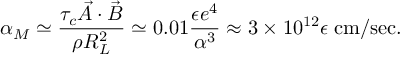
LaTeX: \alpha _ { M } \simeq \frac { \tau _ { c } \vec { A } \cdot \vec { B } } { \rho R _ { L } ^ { 2 } } \simeq 0 . 0 1 \frac { \epsilon e ^ { 4 } } { \alpha ^ { 3 } } \approx 3 \times 1 0 ^ { 1 2 } \epsilon \; \mathrm { c m / s e c } .